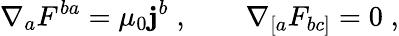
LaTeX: \nabla_{a}F^{ba}=\mu_{0}\mathbf{j}^{b}\; ,\qquad\nabla_{[a}F_{bc]}=0\; ,